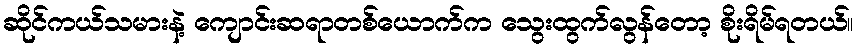
ဆိုင်ကယ်သမားနဲ့ ကျောင်းဆရာတစ်ယောက်က သွေးထွက်လွန်တော့ စိုးရိမ်ရတယ်။